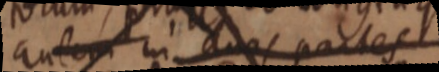
autem in duas partes